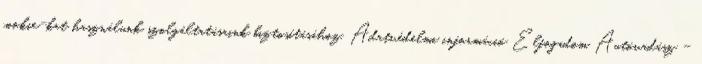
cookie-kat használunk szolgáltatásaink biztosításához. Adatvédelmi információ Elfogadom Autóvadász -